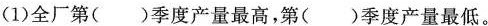
(1)全厂第()季度产量最高，第()季度产量最低。